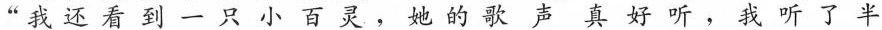
”我还看到一只小百灵，她的歌声真好听，我听了半